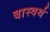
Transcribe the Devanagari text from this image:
बास्वर्थ